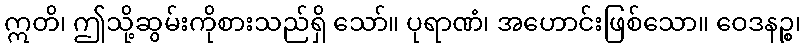
ဣတိ၊ ဤသို့ဆွမ်းကိုစားသည်ရှိ သော်။ ပုရာဏံ၊ အဟောင်းဖြစ်သော။ ဝေဒနဉ္စ၊